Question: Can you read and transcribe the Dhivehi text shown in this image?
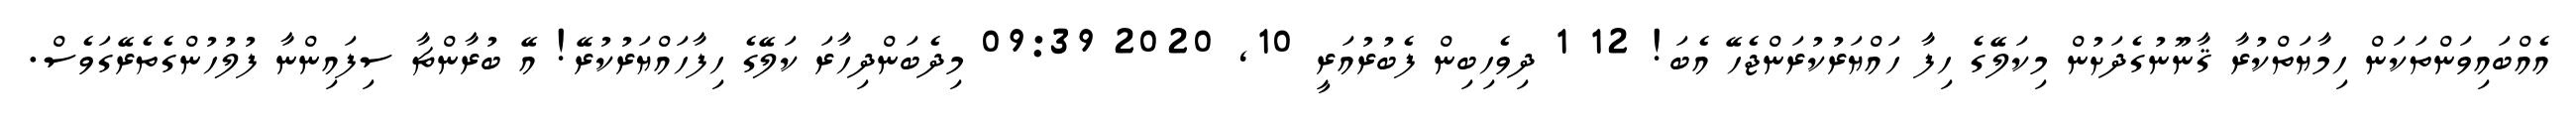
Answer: އެއްބައިވަންތަކަން ހިމާޔަތްކުރާ ޤާނޫނުގެދަށުން މިކަލޭގެ ހިފާ ހައްޔަރުކުރަންޖެހޭ އެބަ! 12 1 ދިވެހިބިން ފެބުރުއަރީ 10, 2020 09:39 މިދެބަންދިހާރަ ކަލޭގެ ހިފާހައްޔަރުކުރޭ! އޭ ބުރާންޗާ ސިފައިންނާ ފުލުހުންގެތެރޭގަވެސް.